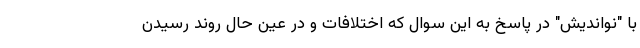
با "نواندیش" در پاسخ به این سوال که اختلافات و در عین حال روند رسیدن